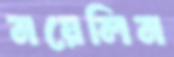
নয়েলিন